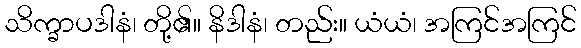
သိက္ခာပဒါနံ၊ တို့၏။ နိဒါနံ၊ တည်း။ ယံယံ၊ အကြင်အကြင်